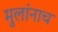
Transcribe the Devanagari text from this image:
मुलांनाच